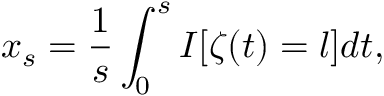
x _ { s } = \frac { 1 } { s } \int _ { 0 } ^ { s } I [ \zeta ( t ) = l ] d t ,